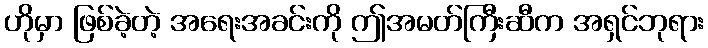
ဟိုမှာ ဖြစ်ခဲ့တဲ့ အရေးအခင်းကို ဤအမတ်ကြီးဆီက အရှင်ဘုရား